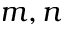
m , n